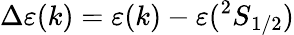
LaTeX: \Delta\varepsilon(k)=\varepsilon(k)-\varepsilon({^2S}_{1/2})